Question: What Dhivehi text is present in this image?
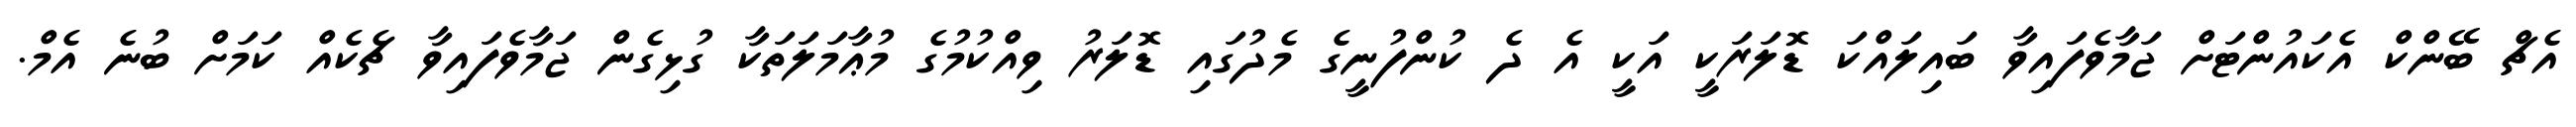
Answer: އެޗް ބޭންކް އެކައުންޓަށް ޖަމާވެފައިވާ ބައިލައްކަ ޑޮލަރަކީ އަކީ އެ ދެ ކުންފުނީގެ މެދުގައި ޑޮލަރު ވިއްކުމުގެ މުޢާމަލަތަކާ ގުޅިގެން ޖަމާވެފައިވާ ޗެކެއް ކަމަށް ބުނެ އެމް.